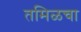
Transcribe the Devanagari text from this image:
तमिळचा